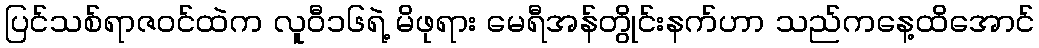
ပြင်သစ်ရာဇဝင်ထဲက လူဝီ၁၆ရဲ့ မိဖုရား မေရီအန်တွိုင်းနက်ဟာ သည်ကနေ့ထိအောင်